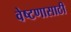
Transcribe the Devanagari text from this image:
वेष्टणासाठी